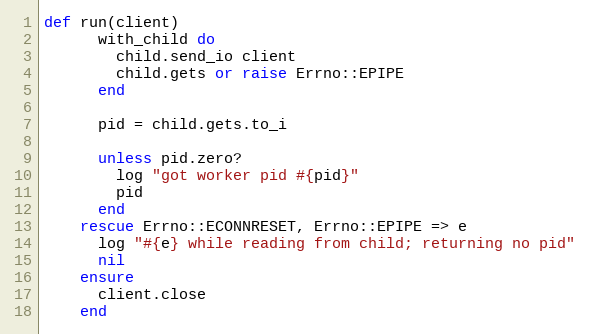
Language: Ruby
def run(client)
      with_child do
        child.send_io client
        child.gets or raise Errno::EPIPE
      end

      pid = child.gets.to_i

      unless pid.zero?
        log "got worker pid #{pid}"
        pid
      end
    rescue Errno::ECONNRESET, Errno::EPIPE => e
      log "#{e} while reading from child; returning no pid"
      nil
    ensure
      client.close
    end